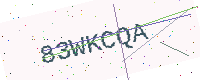
Text: 83WKCQA